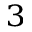
_ 3